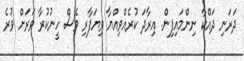
ދަރަނި ދައްކާ ނިންމައިފިން. އިރާދަ ކުރެއްވިއްޔާ ވިޔަފާރި ވެސް ހީނުކުރާ ވަރަށް ވުރެ